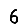
Digit: 6